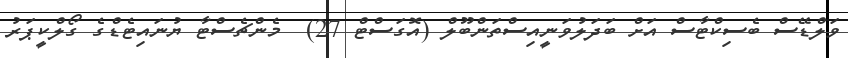
ވަލްޑޭސް ބެސިކްޓާސް އަށް ބަދަލުވަނީއިސްތަންބޫލް (އޮގަސްޓް 27)  މެންޗެސްޓާ ޔުނައިޓެޑްގެ ގޯލްކީޕަރު